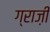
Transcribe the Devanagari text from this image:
ग्राज़ी